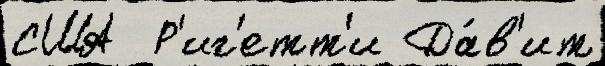
США  Р'иг'етт'и Да́в'ит